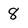
Character: 8